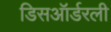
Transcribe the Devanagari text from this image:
डिसऑर्डरली